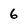
Character: 6